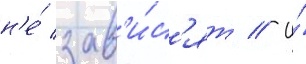
н'е́ зав'и́с'ят // И́